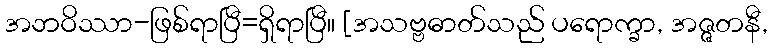
အဘဝိဿာ-ဖြစ်ရာပြီ=ရှိရာပြီ။ [အသဗ္ဗဓာတ်သည် ပရောက္ခာ, အဇ္ဇတနီ,